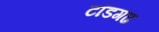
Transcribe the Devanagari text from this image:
टॉडगढ